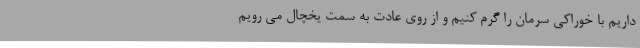
داریم با خوراکی سرمان را گرم کنیم و از روی عادت به سمت یخچال می رویم